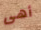
أهى